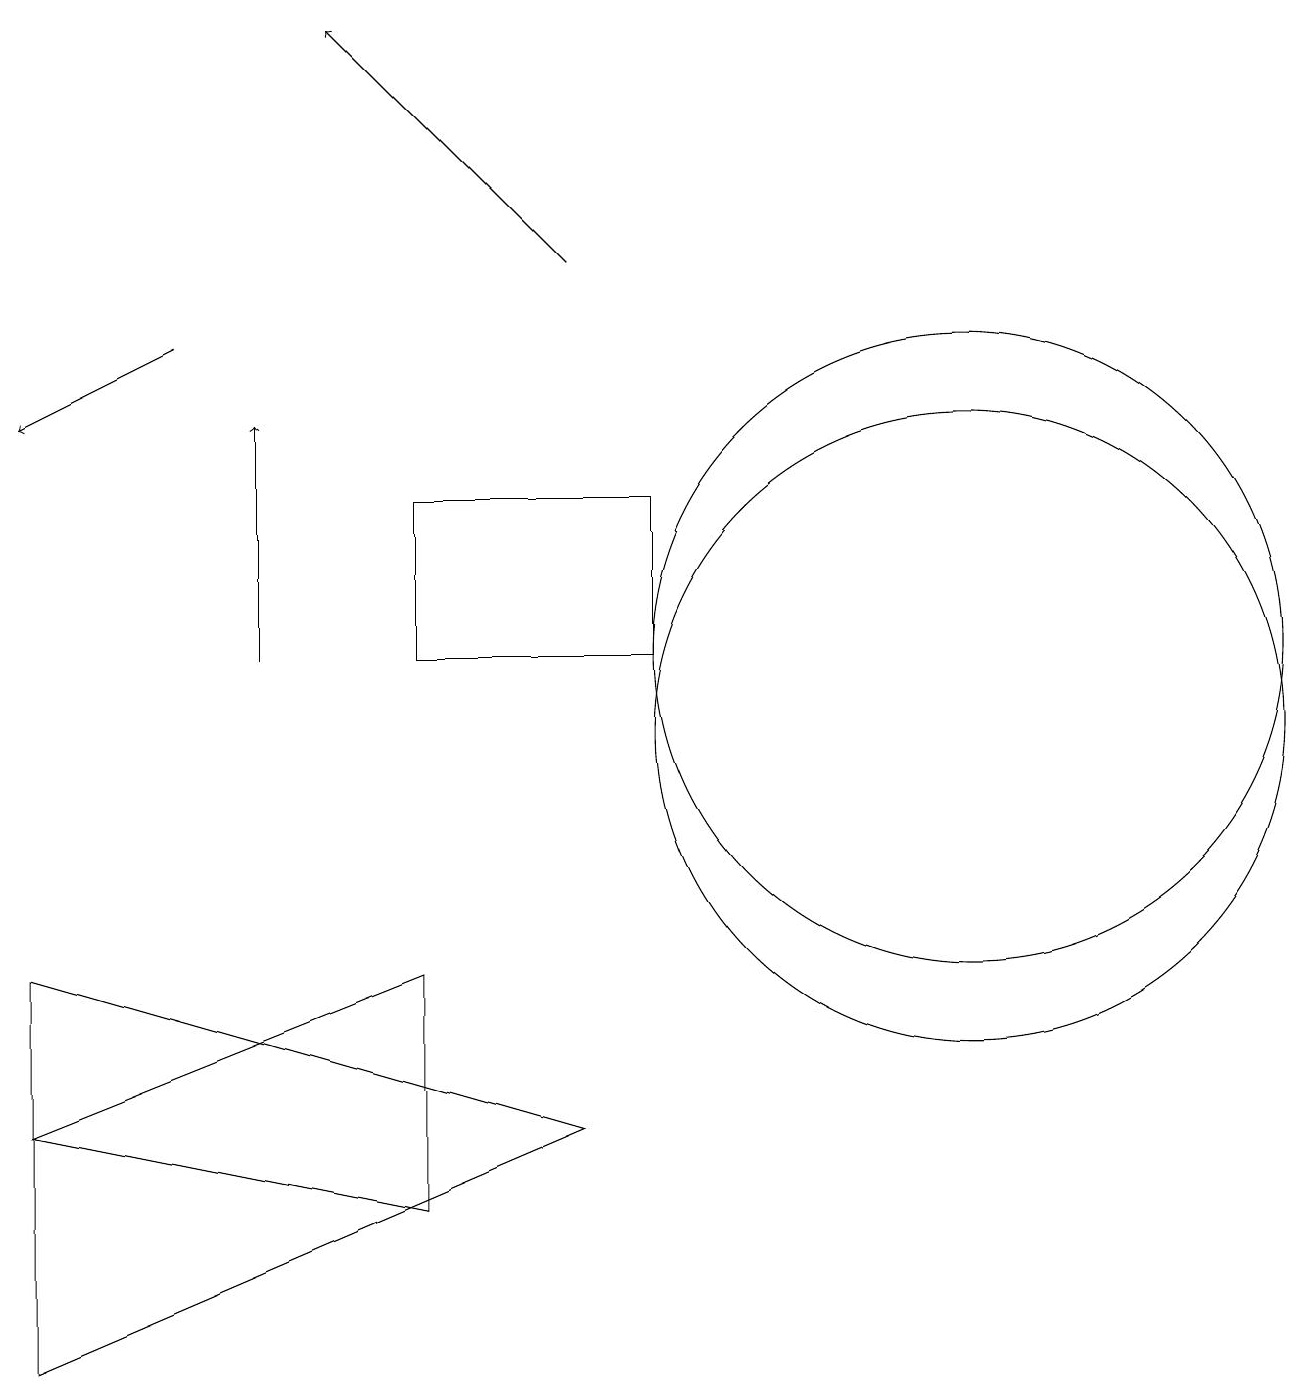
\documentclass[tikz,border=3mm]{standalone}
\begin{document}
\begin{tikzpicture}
\draw (12,10) circle (4);
\draw[->] (7,16) -- (4,19);
\draw (5,13) rectangle (8,11);
\draw[->] (3,11) -- (3,14);
\draw (7,5) -- (0,7) -- (0,2) -- cycle;
\draw (0,5) -- (5,4) -- (5,7) -- cycle;
\draw[->] (2,15) -- (0,14);
\draw (12,11) circle (4);
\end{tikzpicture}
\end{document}